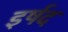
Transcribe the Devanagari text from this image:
इर्षद